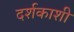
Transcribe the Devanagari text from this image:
दर्शकाशी